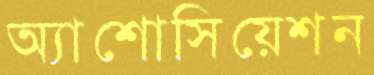
অ্যাশোসিয়েশন